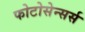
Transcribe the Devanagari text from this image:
फोटोसेन्सर्स